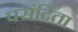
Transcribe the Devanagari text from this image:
पसंदिता